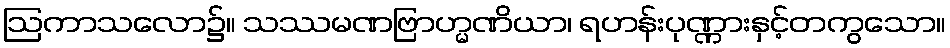
ဩကာသလော၌။ သဿမဏဗြာဟ္မဏိယာ၊ ရဟန်းပုဏ္ဏားနှင့်တကွသော။